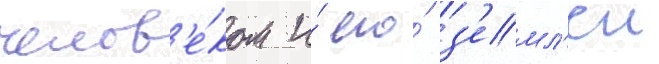
челов'е́ком и́ его́ з'емл'еи